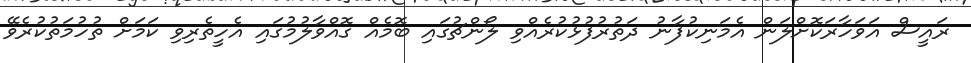
ރައީސް އަވަހާރަކޮށްލަން އެމަނިކުފާނު ދަތުރުފުޅުކުރެއްވި ލޯންޗުގައި ބޮމެއް ގޮއްވާލުމުގައި އެހީތެރިވި ކަމަށް ތުހުމަތުކުރެވޭ